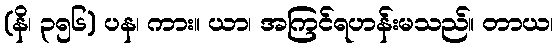
(နိ၊ ၃၅၆) ပန၊ ကား။ ယာ၊ အကြင်ရဟန်းမသည်။ တာယ၊